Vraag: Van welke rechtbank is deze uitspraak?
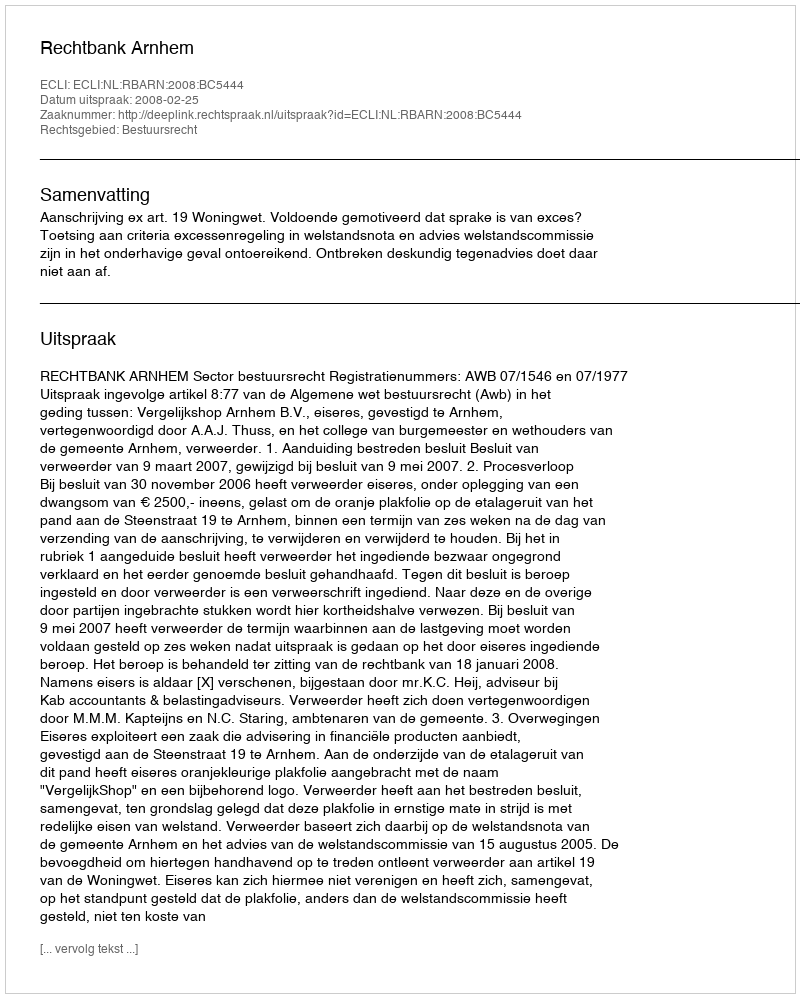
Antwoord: Rechtbank Arnhem